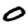
Digit: 0